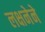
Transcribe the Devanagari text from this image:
लक्षनेने